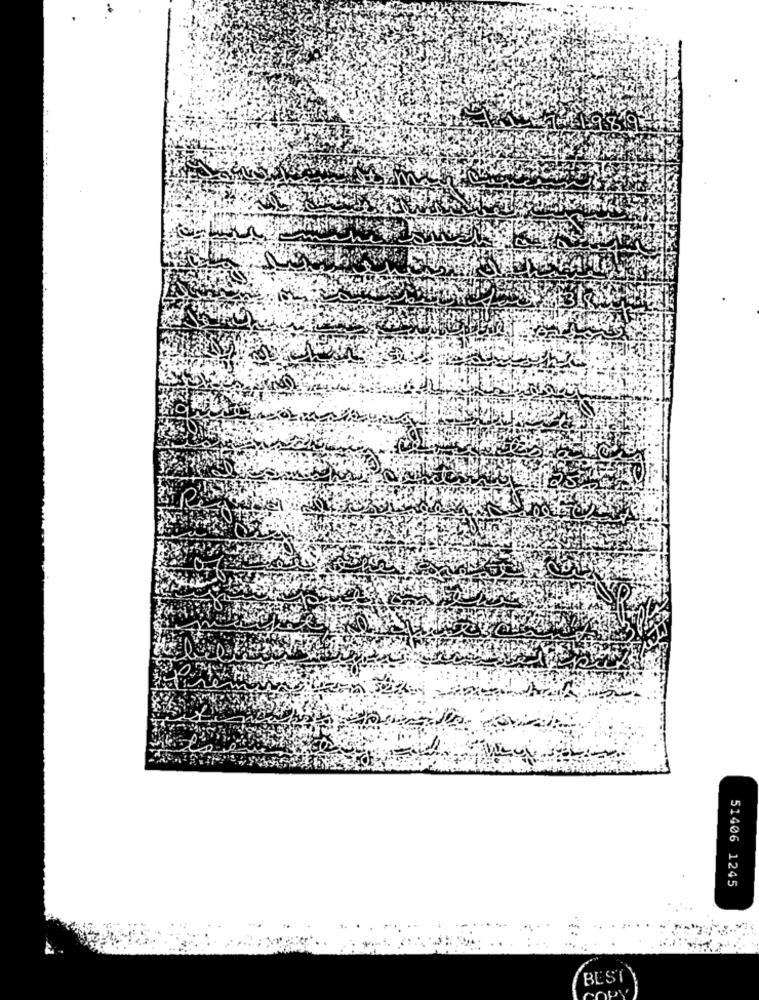
51406 1245
BEST
OPY